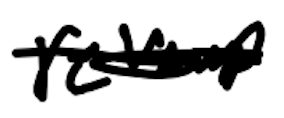
Text: revamp
Cross-out: scratch
Writing tool: digital_black